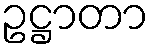
ဥဋ္ဌာတာ